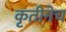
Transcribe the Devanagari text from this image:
कृतीनेच